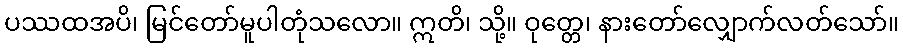
ပဿထအပိ၊ မြင်တော်မူပါတုံသလော။ ဣတိ၊ သို့။ ဝုတ္တေ၊ နားတော်လျှောက်လတ်သော်။